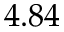
4 . 8 4